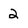
Character: 2